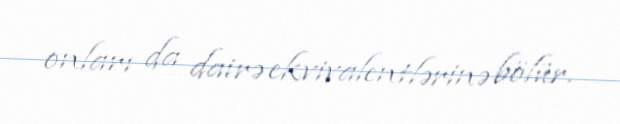
onları da dairə ekvivalentlərinə bölür.